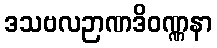
ဒသဗလဉာဏဒိဝဏ္ဏနာ